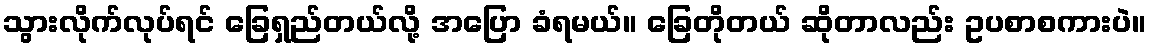
သွားလိုက်လုပ်ရင် ခြေရှည်တယ်လို့ အပြော ခံရမယ်။ ခြေတိုတယ် ဆိုတာလည်း ဥပစာစကားပဲ။